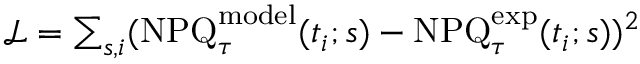
\begin{array} { r } { \mathcal { L } = \sum _ { s , i } ( \mathrm { N P Q } _ { \tau } ^ { \mathrm { m o d e l } } ( t _ { i } ; s ) - \mathrm { N P Q } _ { \tau } ^ { \mathrm { e x p } } ( t _ { i } ; s ) ) ^ { 2 } } \end{array}